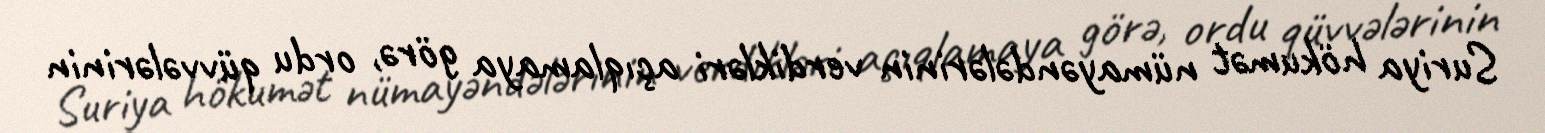
Suriya hökumət nümayəndələrinin verdikləri açıqlamaya görə, ordu qüvvələrinin